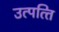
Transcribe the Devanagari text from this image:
उत्‍पत्‍ति